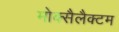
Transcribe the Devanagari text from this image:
मोक्सैलैक्टम